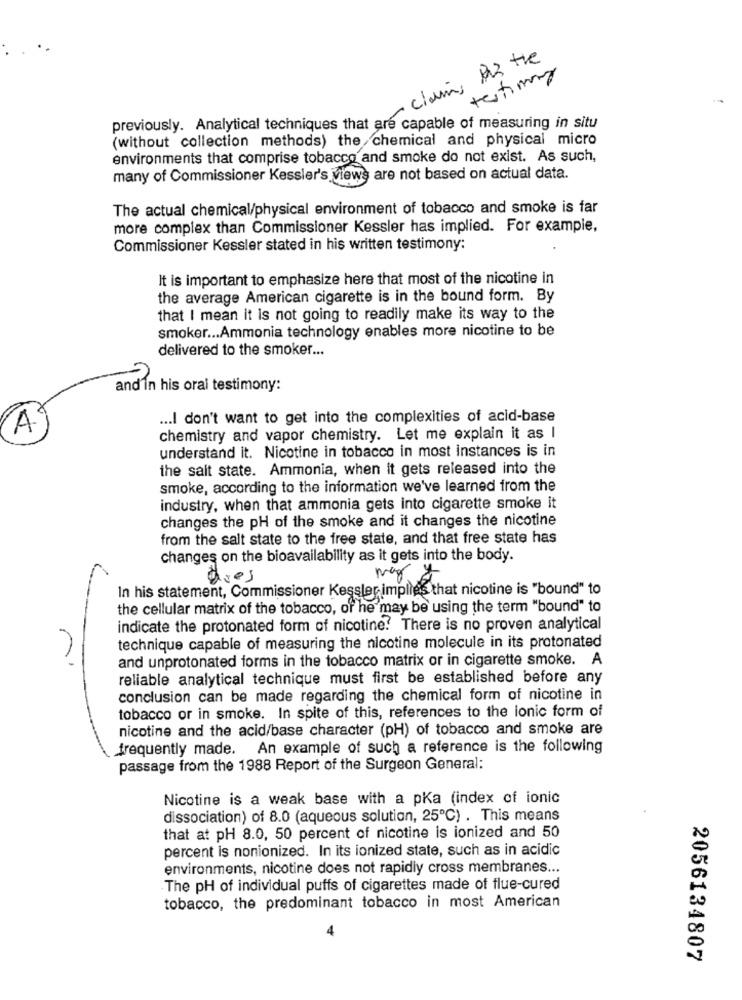
- clains P22 the
testimony
previously. Analytical techniques that are capable of measuring in situ
(without collection methods) the chemical and physical micro
environments that comprise tobacco and smoke do not exist. As such,
many of Commissioner Kessler's views are not based on actual data.
The actual chemical/physical environment of tobacco and smoke is far
more complex than Commissioner Kessler has implied. For example,
Commissioner Kessler stated in his written testimony:
It is important to emphasize here that most of the nicotine in
the average American cigarette is in the bound form. By
that I mean it is not going to readily make its way to the
smoker ... Ammonia technology enables more nicotine to be
delivered to the smoker ...
and'in his oral testimony:
... I don't want to get into the complexities of acid-base
A
chemistry and vapor chemistry. Let me explain it as I
understand it. Nicotine in tobacco in most instances is in
the salt state. Ammonia, when it gets released into the
smoke, according to the information we've learned from the
industry, when that ammonia gets into cigarette smoke it
changes the pH of the smoke and it changes the nicotine
from the salt state to the free state, and that free state has
changes on the bioavailability as it gets into the body.
ares
may *
In his statement, Commissioner Kessler implies that nicotine is "bound" to
the cellular matrix of the tobacco, of he may be using the term "bound" to
indicate the protonated form of nicotine? There is no proven analytical
technique capable of measuring the nicotine molecule in its protonated
and unprotonated forms in the tobacco matrix or in cigarette smoke. A
reliable analytical technique must first be established before any
conclusion can be made regarding the chemical form of nicotine in
tobacco or in smoke. In spite of this, references to the ionic form of
nicotine and the acid/base character (pH) of tobacco and smoke are
frequently made.
An example of such a reference is the following
passage from the 1988 Report of the Surgeon General:
Nicotine is a weak base with a pKa (index of ionic
dissociation) of 8.0 (aqueous solution, 25℃) . This means
that at pH 8.0, 50 percent of nicotine is ionized and 50
percent is nonionized. In its ionized state, such as in acidic
environments, nicotine does not rapidly cross membranes ...
The pH of individual puffs of cigarettes made of flue-cured
tobacco, the predominant tobacco in most American
2056134807